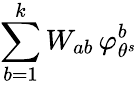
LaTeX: \sum_{b=1}^{k}W_{ab}\, \varphi_{\theta^{s}}^{b}